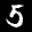
Label: 5